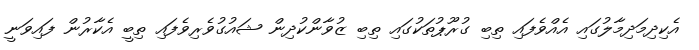
އެކިދިމަދިމާލުގައި އެއްވެފައި ތިބި ގުރޫޕުތަކުގައި ތިބި ޒުވާންކުދިން ޝައުގުވެރިވެފައި ތިބީ އެކާރުން ފައިވަނީ